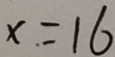
x = 1 6